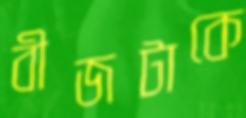
বীজটাকে